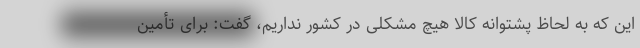
این که به لحاظ پشتوانه کالا هیچ مشکلی در کشور نداریم، گفت: برای تأمین